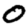
Digit: 0